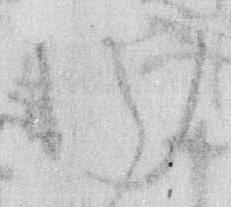
内